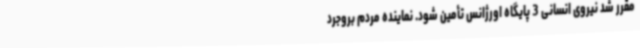
مقرر شد نیروی انسانی 3 پایگاه اورژانس تأمین شود. نماینده مردم بروجرد